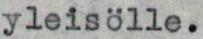
yleisölle.